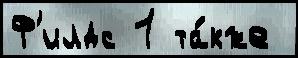
Ф'илдс 1 та́кже